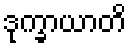
ဒုက္ခာယာတိ